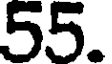
55.